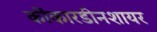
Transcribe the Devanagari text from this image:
कींकारडीनशायर